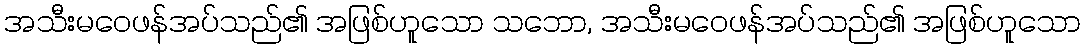
အသီးမဝေဖန်အပ်သည်၏ အဖြစ်ဟူသော သဘော, အသီးမဝေဖန်အပ်သည်၏ အဖြစ်ဟူသော